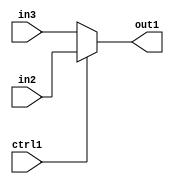
`timescale 1ps / 1ps
/*****************************************************************************
    Verilog RTL Description
    
    
    Created by: Stratus DpOpt 2019.1.01 
*******************************************************************************/

module mac_N_Mux_32_2_0_1 (
	in3,
	in2,
	ctrl1,
	out1
	); /* architecture "behavioural" */ 
input [31:0] in3,
	in2;
input  ctrl1;
output [31:0] out1;
wire [31:0] asc001;

reg [31:0] asc001_tmp_0;
assign asc001 = asc001_tmp_0;
always @ (ctrl1 or in2 or in3) begin
	case (ctrl1)
		1'B1 : asc001_tmp_0 = in2 ;
		default : asc001_tmp_0 = in3 ;
	endcase
end

assign out1 = asc001;
endmodule

/* CADENCE  uLT5TAg= : u9/ySgnWtBlWxVPRXgAZ4Og= ** DO NOT EDIT THIS LINE ******/